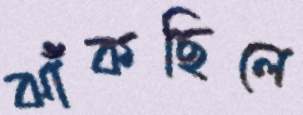
ঝাঁকছিলে